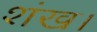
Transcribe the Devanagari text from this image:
शंख।